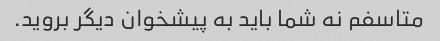
متاسفم نه شما باید به پیشخوان دیگر بروید.